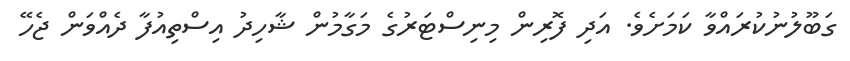
ގަބޫލުނުކުރައްވާ ކަމަށެވެ. އަދި ފޮރިން މިނިސްޓަރުގެ މަގާމުން ޝާހިދު އިސްތިއުފާ ދެއްވަން ޖެހޭ